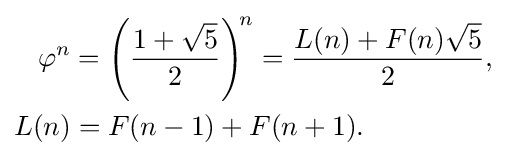
{\begin{aligned}\varphi ^{n}&=\left({\frac {1+{\sqrt {5}}}{2}}\right)^{\!n}={\frac {L(n)+F(n){\sqrt {5}}}{2}},\\L(n)&=F(n-1)+F(n+1).\end{aligned}}